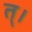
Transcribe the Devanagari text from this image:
त्।